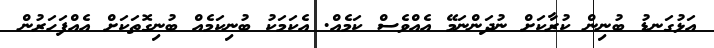
އަޅުގަނޑު ބުނިން ކުރާކަށް ނުދަންނަމޭ އެއްވެސް ކަމެއް. އެކަމަކު ބުނިކަމެއް ބުނިގޮތަކަށް އެއްފަހަރުން